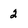
Character: 2